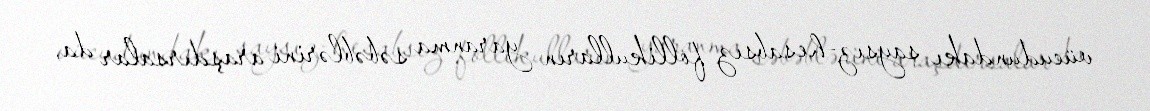
vücudundakı saysız-hesabsız follikulların yaranma səbəblərini araşdırsalar da,